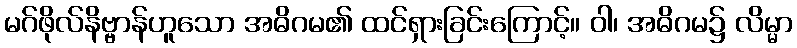
မဂ်ဖိုလ်နိဗ္ဗာန်ဟူသော အဓိဂမ၏ ထင်ရှားခြင်းကြောင့်။ ဝါ၊ အဓိဂမ၌ လိမ္မာ